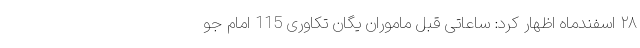
۲۸ اسفندماه اظهار کرد: ساعاتی قبل ماموران یگان تکاوری 115 امام جو